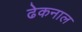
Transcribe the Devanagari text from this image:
ढेकनाल